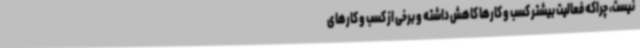
نیست، چراکه فعالیت بیشتر کسب و کارها کاهش داشته و برخی از کسب و کارهای